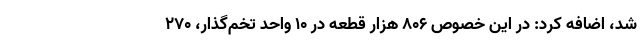
شد، اضافه کرد: در این خصوص ۸۰۶ هزار قطعه در ۱۰ واحد تخم‌گذار، ۲۷۰